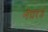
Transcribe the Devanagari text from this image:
नेचरड